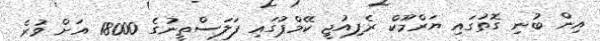
އިން ބުނި ގޮތުގައި ޔަރްމޫކް ރެފިއުޖީ ކޭމްޕުގައި ފަލަސްތީނުގެ 18000 އަށް ވުރެ